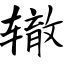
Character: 辙